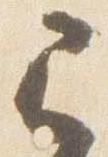
已